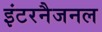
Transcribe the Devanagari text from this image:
इंटरनैजनल